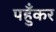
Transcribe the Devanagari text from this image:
पहुँकर